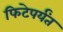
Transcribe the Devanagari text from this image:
फिटेपर्यंत